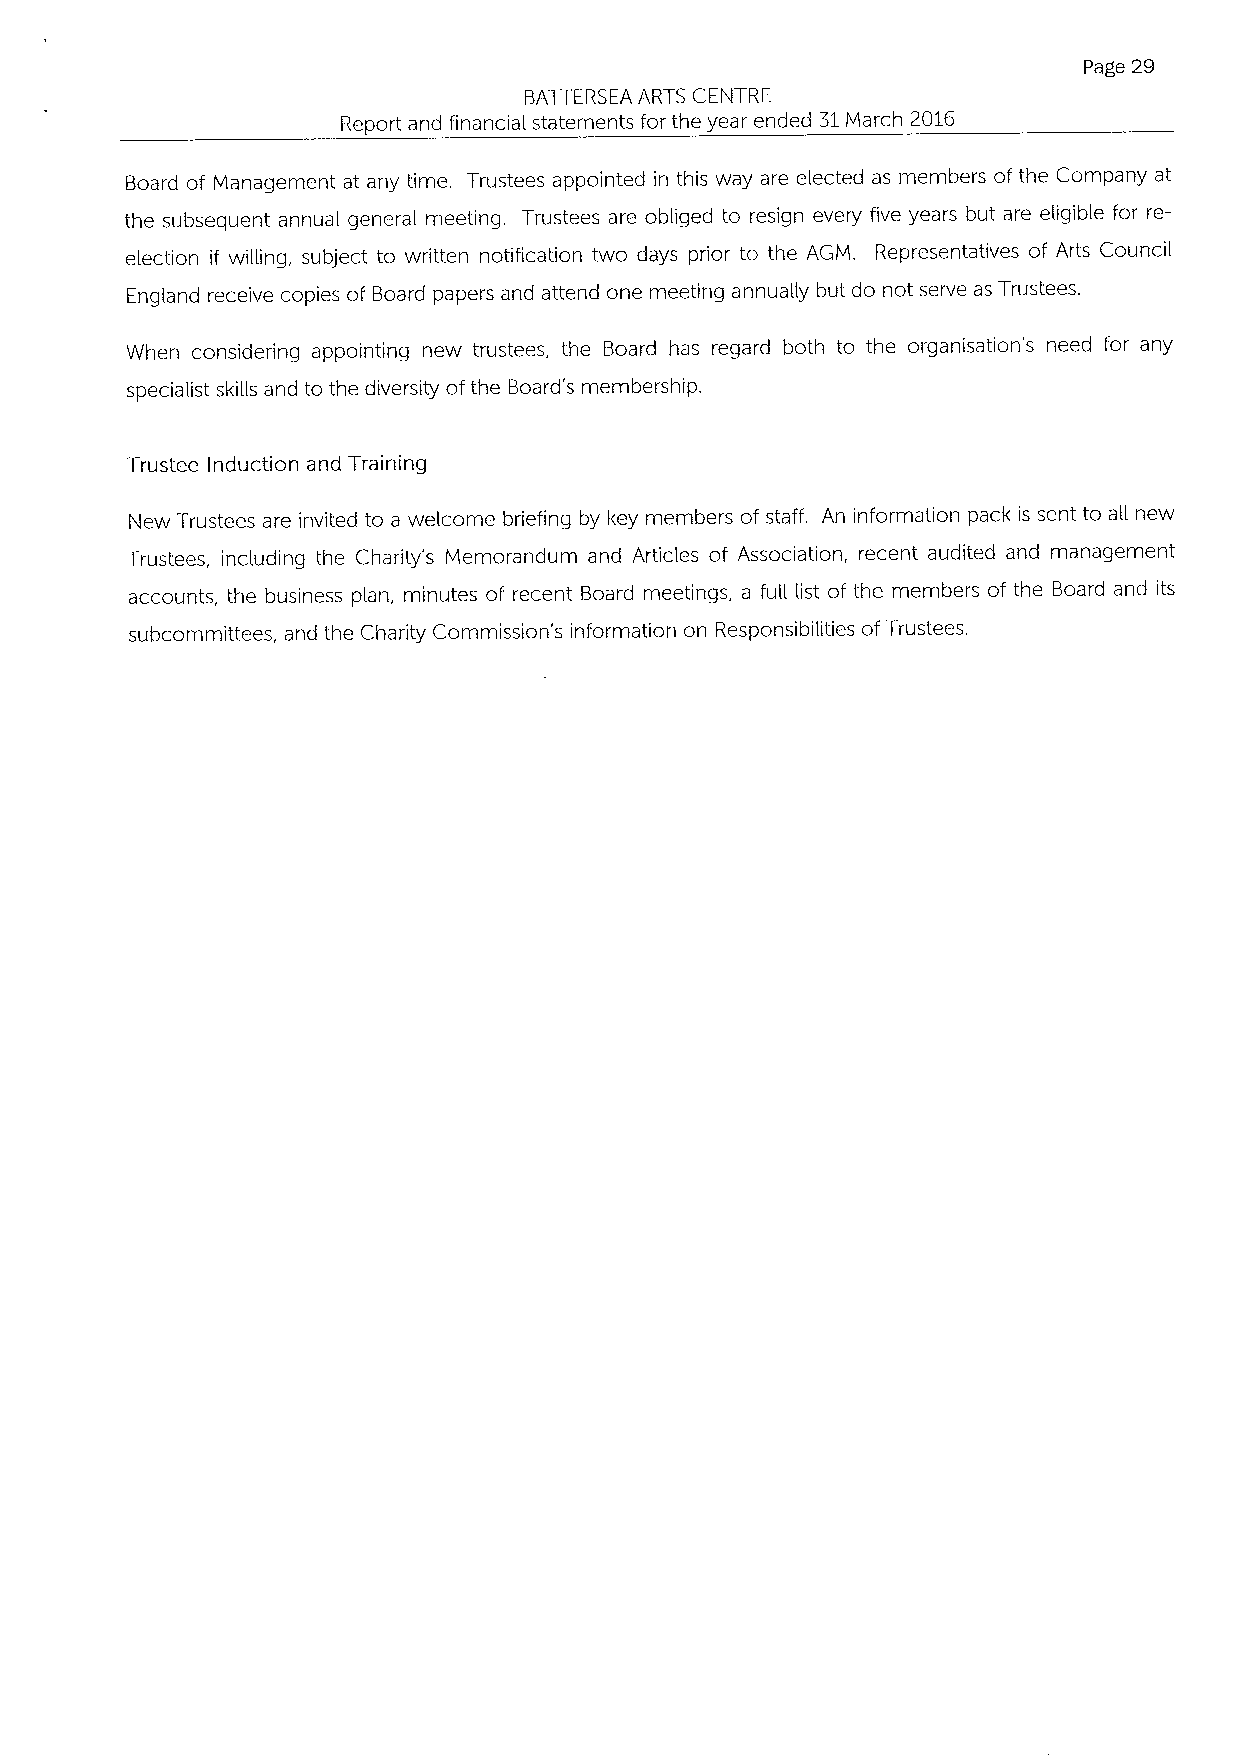
Page 29
 BATTERSEA ARTS CENTRE
 Report and financial statements for the year ended 31March 2016
 Board of Management at any time. Trustees appointed in this way are elected as members of the Company at
 the subsequent annual general meeting. Trustees are obliged to resign every five years but are eligible for re-
 election if willing, subject to written notification two days prior to the AGM. Representatives of Arts Council
 England receive copies of Board papers and attend one meeting annually but do not serve as Trustees.
 When considering appointing new trustees, the Board has regard both to the organisation's need for any
 specialist skills and to the diversity of the Board's membership.
 Trustee Induction and Training
 New Trustees are invited to a welcome briefing by key members of staff. An information pack is sent to aII new
 Trustees, including the Charity's Memorandum and Articles of Association, recent audited and management
 accounts, the business plan, minutes of recent Board meetings, a full list of the members of the Board and its
 subcommittees, and the Charity Commission's information on Responsibilities ofTrustees.